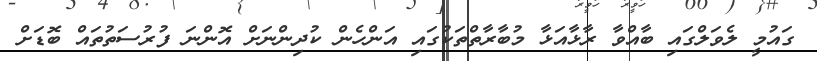
ގައުމީ ލެވަލްގައި ބާއްވާ ރާޅާއަޅާ މުބާރާތްތަކުގައި އަންހެން ކުދިންނަށް އޮންނަ ފުރުސަތުތައް ބޮޑަށް